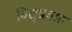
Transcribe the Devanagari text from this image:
विद्युप्रवाह